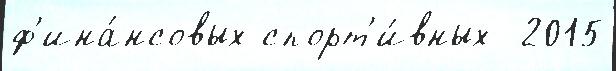
ф'ина́нсовых спорт'и́вных  2015